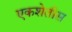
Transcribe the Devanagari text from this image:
एकशेतीस